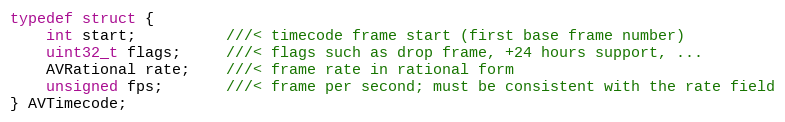
Language: C
typedef struct {
    int start;          ///< timecode frame start (first base frame number)
    uint32_t flags;     ///< flags such as drop frame, +24 hours support, ...
    AVRational rate;    ///< frame rate in rational form
    unsigned fps;       ///< frame per second; must be consistent with the rate field
} AVTimecode;